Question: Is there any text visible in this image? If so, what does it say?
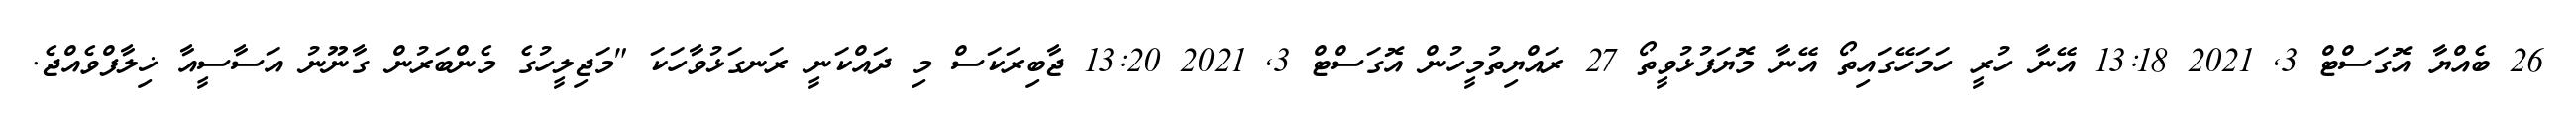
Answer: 26 ބެއްޔާ އޮގަސްޓް 3, 2021 13:18 އޭނާ ހުރީ ހަމަހޭގައިތޯ އޭނާ މޮޔަފުޅުވީތޯ 27 ރައްޔިތުމީހުން އޮގަސްޓް 3, 2021 13:20 ޖާބިރަކަސް މި ދައްކަނީ ރަނގަޅުވާހަކަ "މަޖިލީހުގެ މެންބަރުން ގާނޫނު އަސާސީއާ ޚިލާފްވެއްޖެ.